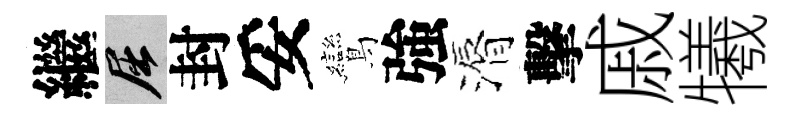
繼屈封妥鸞強漘擊戚犧